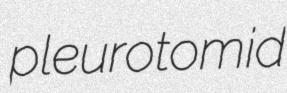
pleurotomid